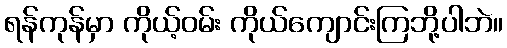
ရန်ကုန်မှာ ကိုယ့်ဝမ်း ကိုယ်ကျောင်းကြဘို့ပါဘဲ။